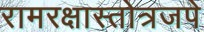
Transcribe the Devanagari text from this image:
रामरक्षास्तोत्रजपे